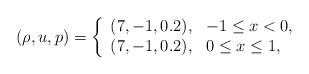
LaTeX: \begin{align*}(\rho,u,p)=\left\{\begin{array}{ll}(7,-1,0.2), & \textrm{$ -1 \leq x < 0$},\\(7,-1,0.2), & \textrm{$ 0 \leq x \leq 1$},\end{array}\right.\end{align*}